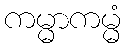
ကမ္မာကမ္မံ